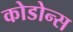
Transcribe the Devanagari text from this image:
कोडोन्स